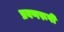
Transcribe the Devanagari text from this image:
प्रवणरूपी